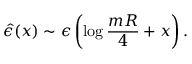
{ \hat { \epsilon } } ( x ) \sim \epsilon \left( \log { \frac { m R } { 4 } } + x \right) .